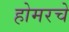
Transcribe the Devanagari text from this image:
होमरचे